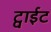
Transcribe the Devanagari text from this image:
ट्वाईट